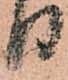
り